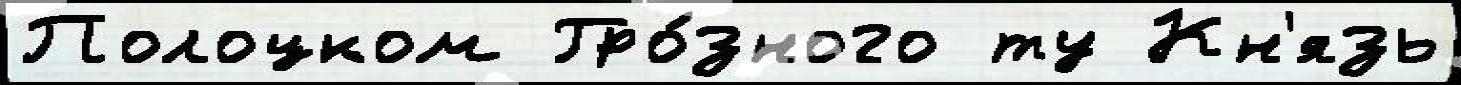
Полоцком Гро́зного ту Кн'язь